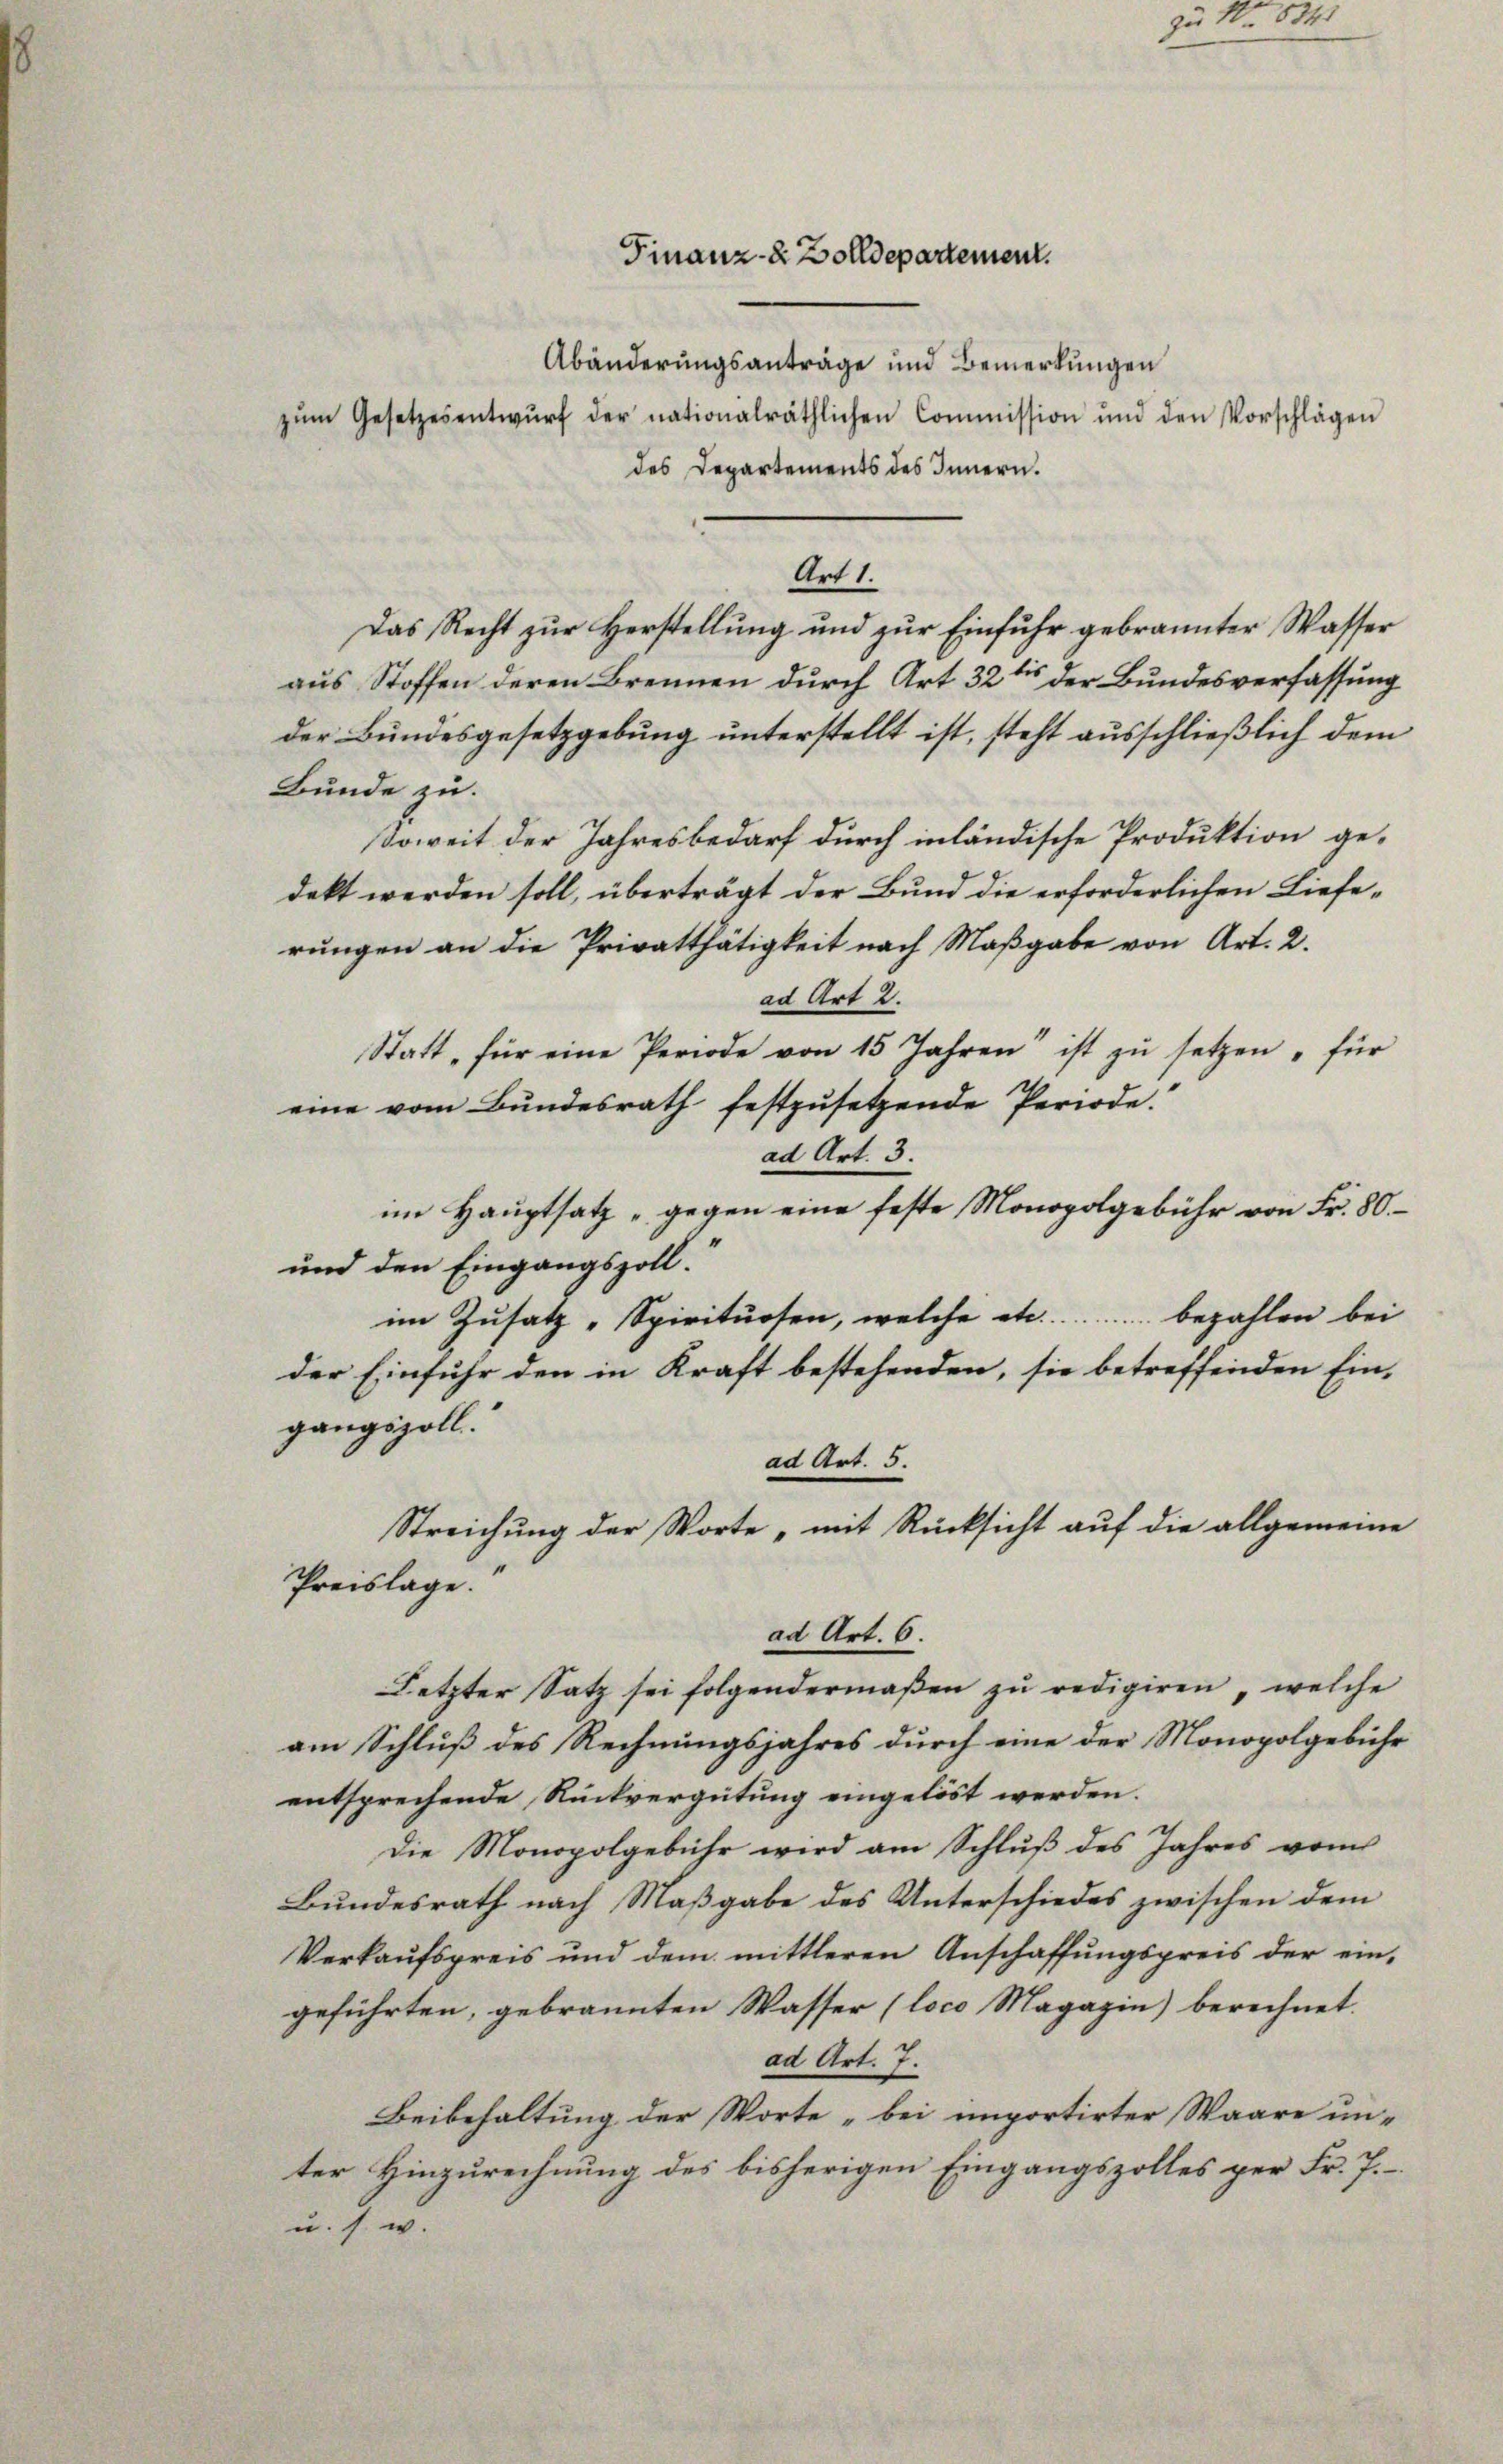
Abänderungsanträge und Bemerkungen
zŭm Gesetzesentwŭrf der nationalräthlichen Commission und den Vorschlägen
des Departements des Innern.
Art 1.
Das Recht zur Herstellung und zur Einfuhr gebrannter Wasser
aus Stoffen deren Brennen durch Art 32 t der Bundesverfassung
der Bundesgesetzgebung unterstellt ist, steht ausschließlich dem
Bunde zu.
Soweit der Jahresbedarf durch inländische Produktion ge-
dekt werden soll, überträgt der Bund die erforderlichen Lieferungen an die Privatthätigkeit nach Maßgabe von Art. 2.
ad Art 2.
Statt, für eine Periode von 15 Jahren ist zŭ setzen für
eine vom Bundesrath festzusetzende Periode.
ad Art. 3.
im Hauptsatz „gegen eine feste Monopolgebühr von Fr. 80.
und den Eingangszoll.
im Zusatz „Spirituosen, welche etc. .............. bezahlen bei
der Einfuhr den in Kraft bestehenden, sie betreffenden Ein-
gangszoll.
ad Art. 5.
Streichung der Worte „mit Rücksicht auf die allgemeine
Preislage.
ad Art. 6.
Letzter Satz sei folgendermaβen zŭ redigiren welche
am Schluß des Rechnungsjahres durch eine der Monopolgebühr
entsprechende Rückvergütung eingelöst werden.
Die Monopolgebühr wird am Schluß des Jahres vom
Bundesrath nach Maßgabe des Unterschiedes zwischen dem
Verkaufspreis und dem mittleren Anschaffungspreis der ein-
geführten, gebrannten Wasser (loco Magazin) berechnet.
ad Art. 7.
Beibehaltung der Worte „bei importirter Waare un-
ter Hinzurechnung des bisherigen Eingangszolles per Fr. 7.

Finanz- u. Bolldepartement.